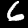
Digit: 6